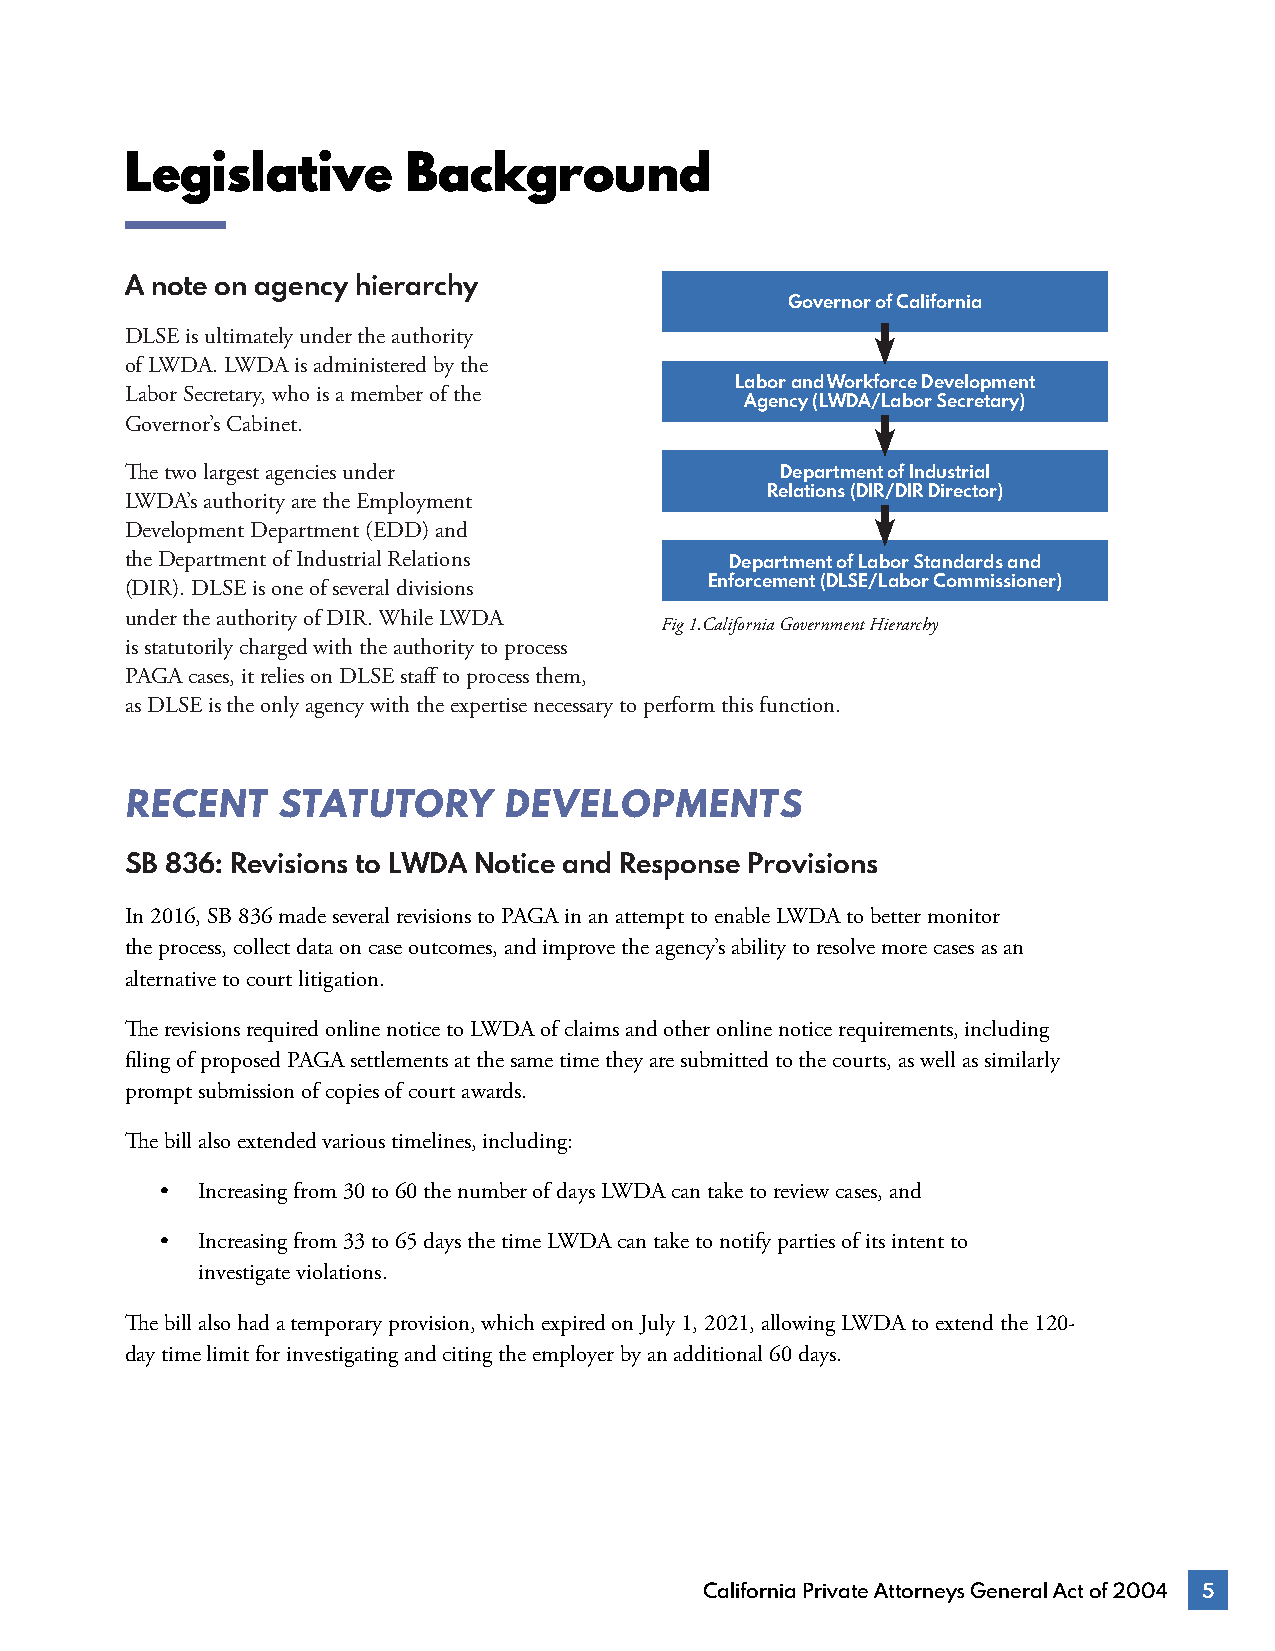
Legislative        Background
 A note on agency hierarchy
 Governor of California
 DLSE is ultimately under the authority
 of LWDA. LWDA is administered by the
 Labor and Workforce Development
 Labor Secretary, who is a member of the
 Agency (LWDA/Labor Secretary)
 Governor’s Cabinet.
 The two largest agencies under              Department of Industrial
 Relations (DIR/DIR Director)
 LWDA’s authority are the Employment
 Development Department (EDD) and
 the Department of Industrial Relations  Department of Labor Standards and
 (DIR). DLSE is one of several divisions Enforcement (DLSE/Labor Commissioner)
 under the authority of DIR. While LWDA
 Fig 1.California Government Hierarchy
 is statutorily charged with the authority to process
 PAGA cases, it relies on DLSE staff to process them,
 as DLSE is the only agency with the expertise necessary to perform this function.
 RECENT    STATUTORY      DEVELOPMENTS
 SB 836: Revisions to LWDA Notice and Response Provisions
 In 2016, SB 836 made several revisions to PAGA in an attempt to enable LWDA to better monitor
 the process, collect data on case outcomes, and improve the agency’s ability to resolve more cases as an
 alternative to court litigation.
 The revisions required online notice to LWDA of claims and other online notice requirements, including
 filing of proposed PAGA settlements at the same time they are submitted to the courts, as well as similarly
 prompt submission of copies of court awards.
 The bill also extended various timelines, including:
 • Increasing from 30 to 60 the number of days LWDA can take to review cases, and
 • Increasing from 33 to 65 days the time LWDA can take to notify parties of its intent to
 investigate violations.
 The bill also had a temporary provision, which expired on July 1, 2021, allowing LWDA to extend the 120-
 day time limit for investigating and citing the employer by an additional 60 days.
 California Private Attorneys General Act of 2004 5